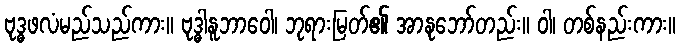
ဗုဒ္ဓဖလံမည်သည်ကား။ ဗုဒ္ဓါနူဘာဝေါ၊ ဘုရားမြတ်၏ အာနုဘော်တည်း။ ဝါ၊ တစ်နည်းကား။